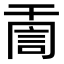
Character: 𧦸